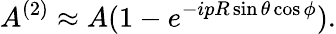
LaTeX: A^{(2)}\approx A(1-e^{-ipR\sin\theta\cos\phi}).